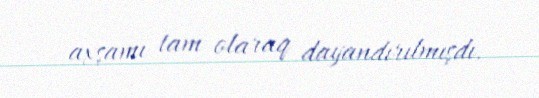
axşamı tam olaraq dayandırılmışdı.